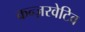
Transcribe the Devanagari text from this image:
कन्ज़रवेटिव